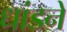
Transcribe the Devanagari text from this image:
धांडने